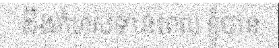
ដឹងកំហុសទាន់ពេល ខ្ញុំបាន